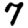
Digit: 7